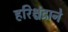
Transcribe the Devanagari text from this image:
हरिश्चंद्राने